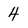
Character: 4